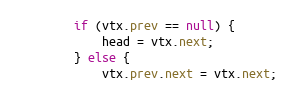
Language: Java
        if (vtx.prev == null) {
            head = vtx.next;
        } else {
            vtx.prev.next = vtx.next;